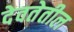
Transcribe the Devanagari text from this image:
देवतेतील